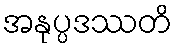
အနုပ္ပဒဿတိ